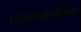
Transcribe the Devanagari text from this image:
टेडएक्सबार्सेलोना